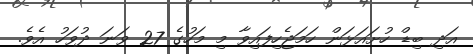
އަދި ބިޑް ހުށައަޅަން ހަމަޖެހިފައިވާ މި މަހުގެ 27 ވަނަ ދުވަހު އެވެ.